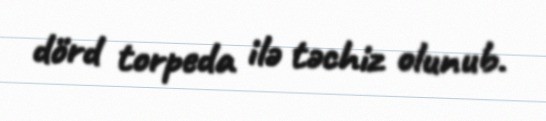
dörd torpeda ilə təchiz olunub.